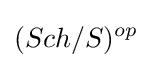
(Sch/S)^{op}